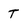
Character: t